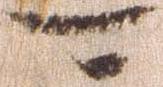
可